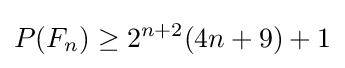
P(F_{n})\geq 2^{n+2}(4n+9)+1